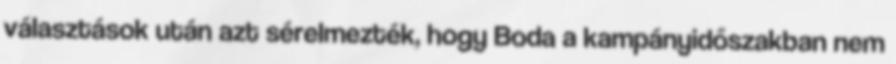
választások után azt sérelmezték, hogy Boda a kampányidőszakban nem